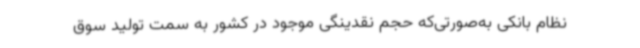
نظام بانکی به‌صورتی‌که حجم نقدینگی موجود در کشور به سمت تولید سوق